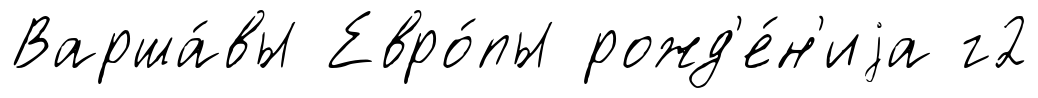
Варша́вы Евро́пы рожд'е́н'иjа г2